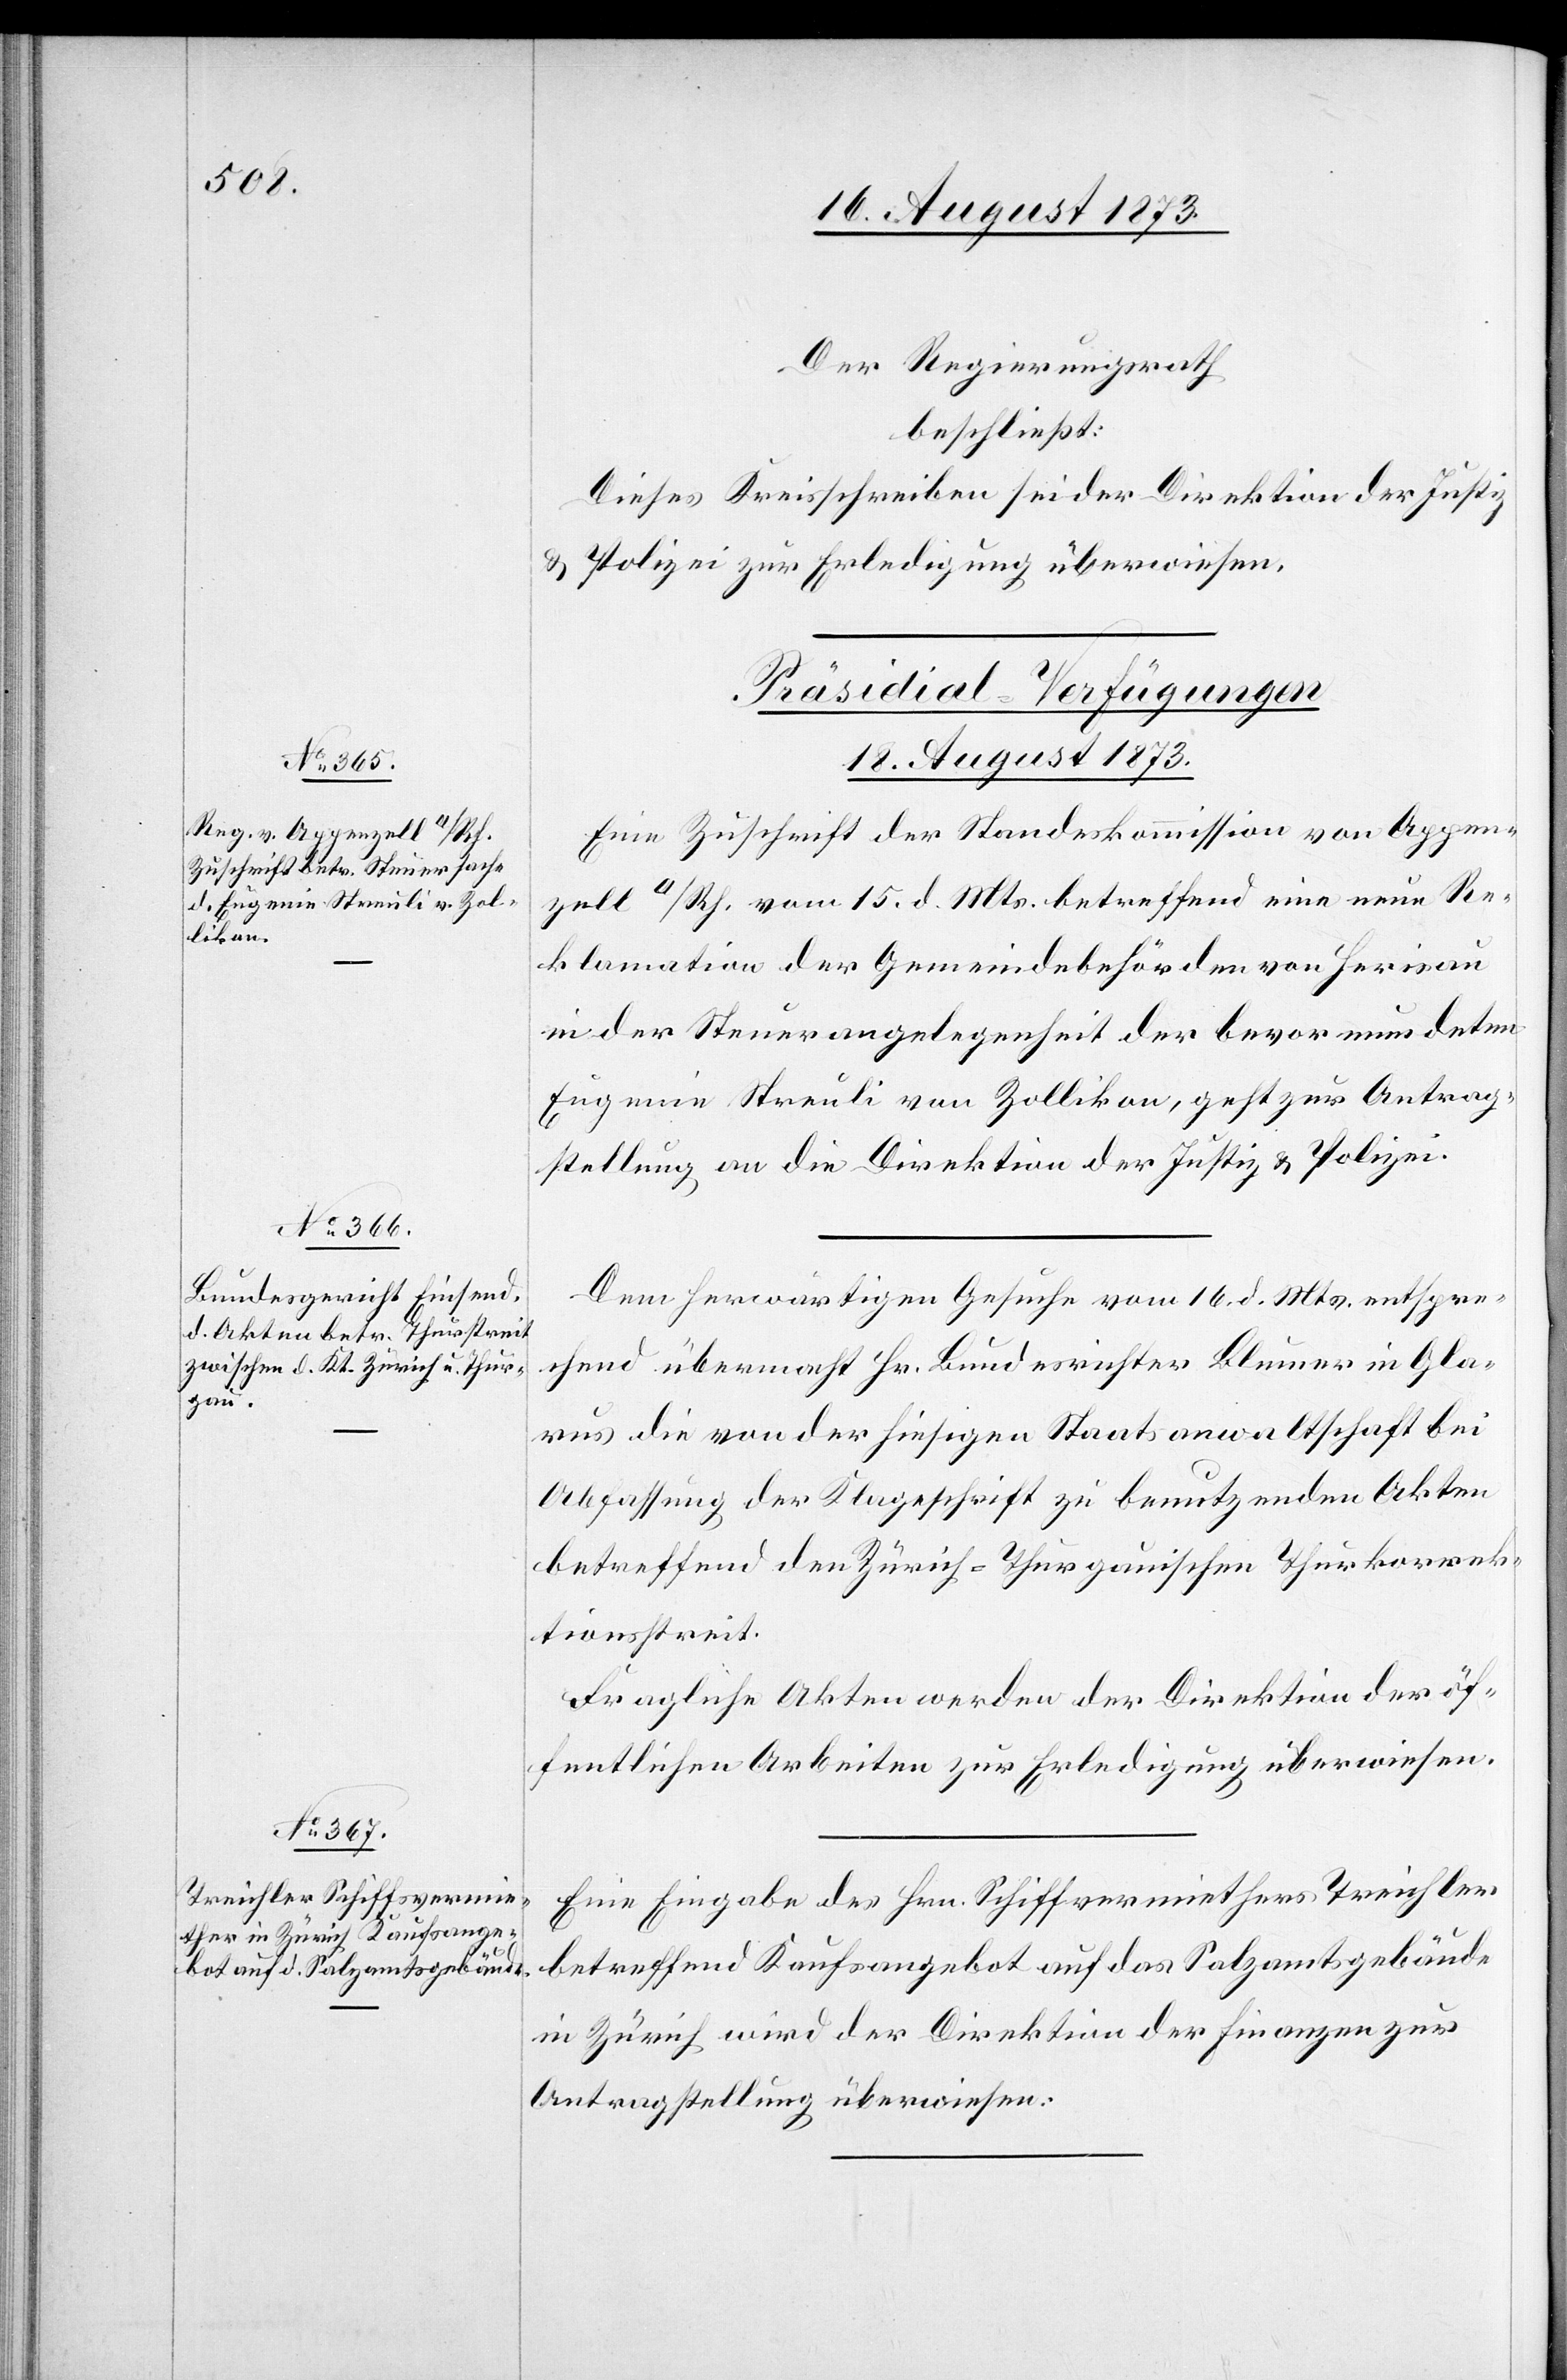
Der Regierungsrath
beschließt:
Dieses Kreisschreiben sei der Direktion der Justiz
& Polizei zur Erledigung überwiesen.
[Präsidial-Verfügungen
18. August 1873.]
Eine Zuschrift der Standeskommission von Appen¬
zell a/Rh. vom 15. d. Mts. betreffend eine neue Re¬
klamation der Gemeindebehörden von Herisau
in der Steuerangelegenheit der bevormundeten
Eugenie Streuli von Zollikon, geht zur Antrag¬
stellung an die Direktion der Justiz & Polizei.
Dem herwärtigen Gesuche vom 16. d. Mts. entspre¬
chend übermacht Hr. Bundesrichter Blumer in Gla¬
rus die von der hiesigen Staatsanwaltschaft bei
Abfassung der Klageschrift zu benutzenden Akten
betreffend den Zürich-Thurgauischen Thurkorrek¬
tionsstreit.
Fragliche Akten werden der Direktion der öf¬
fentlichen Arbeiten zur Erledigung überwiesen.
Eine Eingabe des Hrn. Schiffvermiethers Treichler
betreffend Kaufsangebot auf das Salzamtsgebäude
in Zürich wird der Direktion der Finanzen zur
Antragstellung überwiesen.